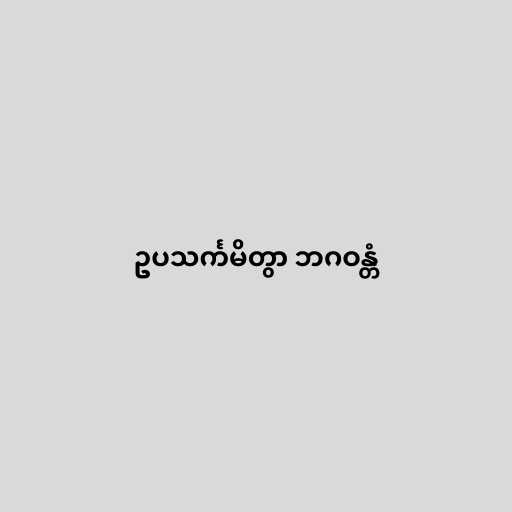
ဥပသင်္ကမိတွာ ဘဂဝန္တံ